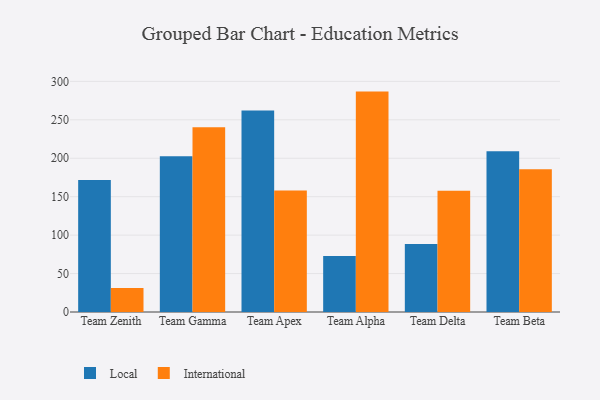
{"axis": {"x": "Team", "y": "Backlog"}, "legend": ["International", "Local"], "data": [{"x": "Team Zenith", "y": 171.7, "type": "Local"}, {"x": "Team Zenith", "y": 31.2, "type": "International"}, {"x": "Team Gamma", "y": 202.6, "type": "Local"}, {"x": "Team Gamma", "y": 240.3, "type": "International"}, {"x": "Team Apex", "y": 262.1, "type": "Local"}, {"x": "Team Apex", "y": 158.2, "type": "International"}, {"x": "Team Alpha", "y": 72.7, "type": "Local"}, {"x": "Team Alpha", "y": 286.7, "type": "International"}, {"x": "Team Delta", "y": 88.6, "type": "Local"}, {"x": "Team Delta", "y": 157.7, "type": "International"}, {"x": "Team Beta", "y": 209.1, "type": "Local"}, {"x": "Team Beta", "y": 185.6, "type": "International"}]}